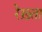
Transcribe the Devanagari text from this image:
रेख़्ता